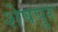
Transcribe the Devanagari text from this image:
शेषपुर